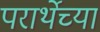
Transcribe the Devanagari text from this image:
परार्थेच्या